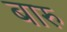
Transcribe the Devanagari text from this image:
बारु